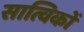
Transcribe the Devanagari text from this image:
सात्विकों